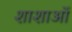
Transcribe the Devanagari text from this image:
शाशाओं